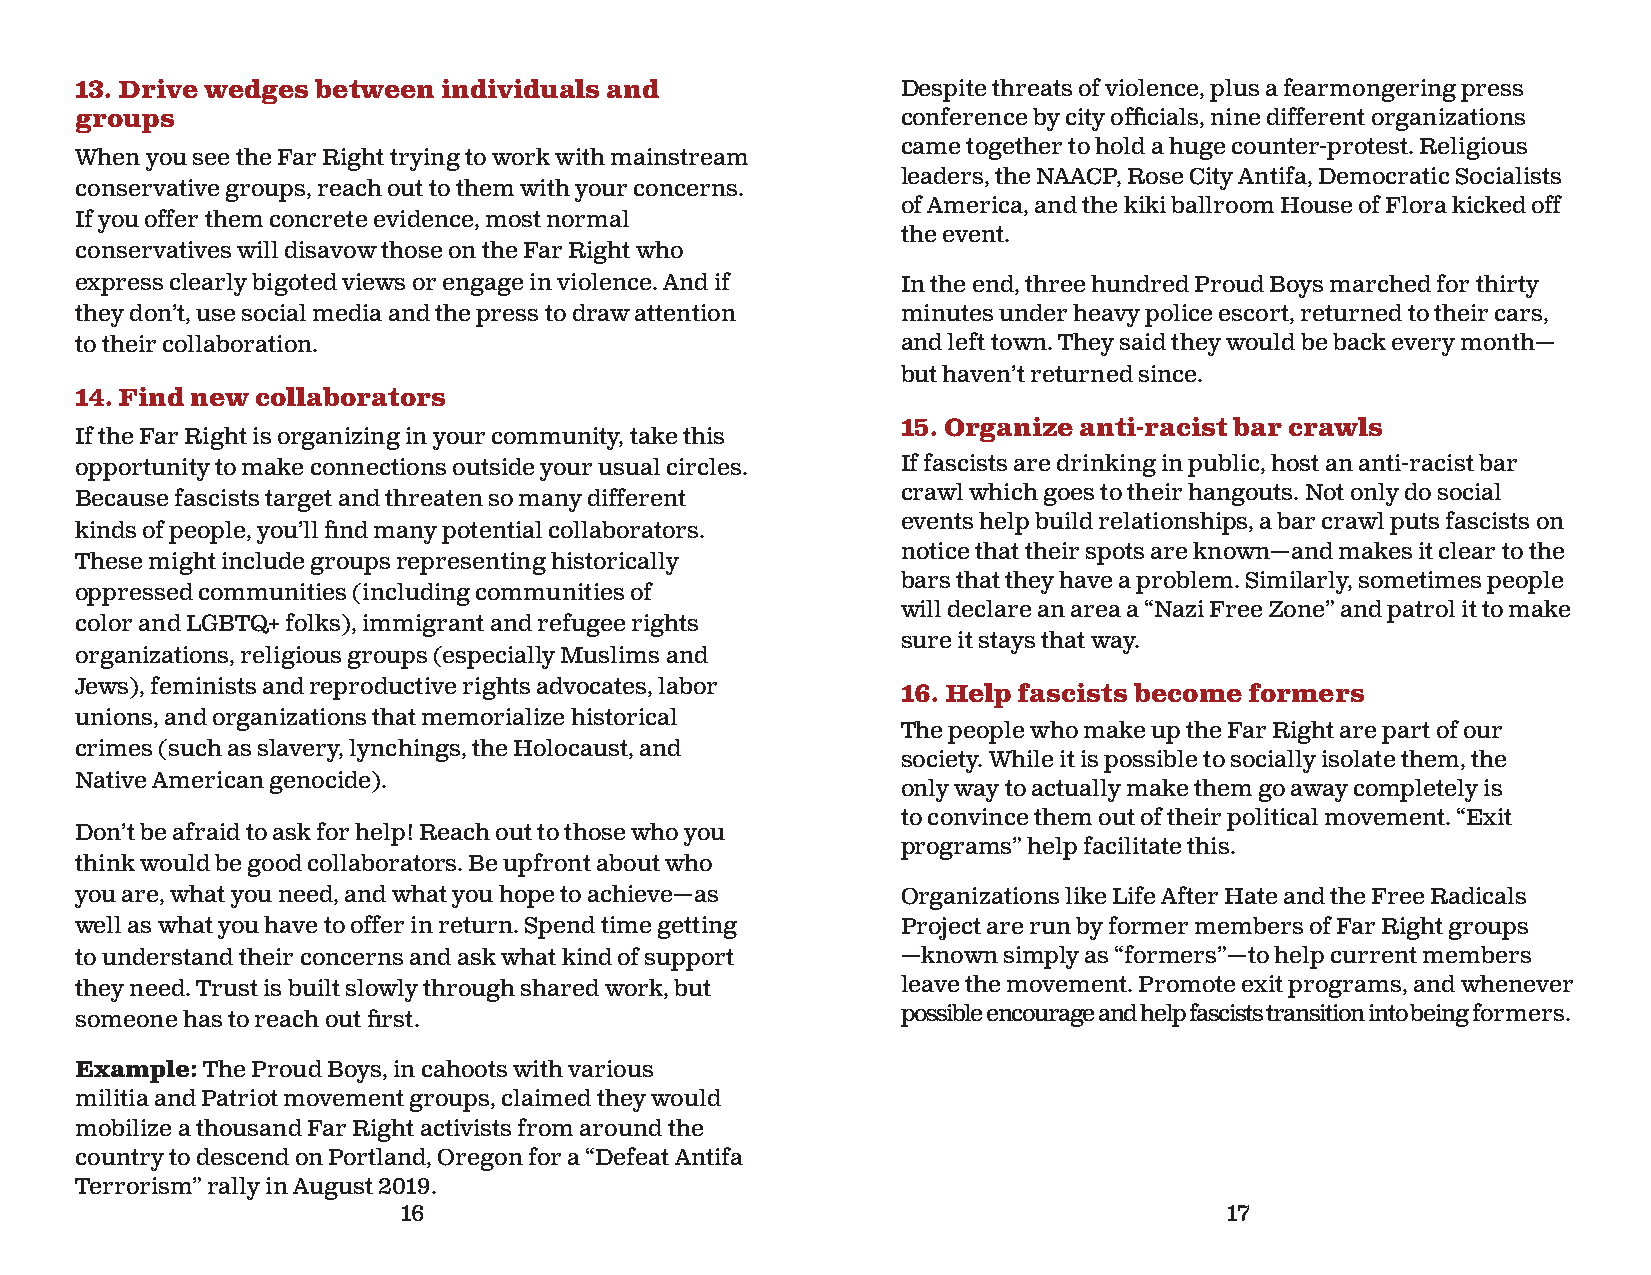
13. Drive wedges between individuals and               Despite threats of violence, plus a fearmongering press
 groups                                                 conference by city offi cials, nine different organizations
 came together to hold a huge counter-protest. Religious
 When you see the Far Right trying to work with mainstream
 leaders, the NAACP, Rose City Antifa, Democratic Socialists
 conservative groups, reach out to them with your concerns.
 of America, and the kiki ballroom House of Flora kicked off
 If you offer them concrete evidence, most normal
 the event.
 conservatives will disavow those on the Far Right who
 express clearly bigoted views or engage in violence. And if In the end, three hundred Proud Boys marched for thirty
 they don’t, use social media and the press to draw attention minutes under heavy police escort, returned to their cars,
 to their collaboration.                                and left town. They said they would be back every month—
 but haven’t returned since.
 14. Find new collaborators
 15. Organize anti-racist bar crawls
 If the Far Right is organizing in your community, take this
 opportunity to make connections outside your usual circles. If fascists are drinking in public, host an anti-racist bar
 Because fascists target and threaten so many different crawl which goes to their hangouts. Not only do social
 events help build relationships, a bar crawl puts fascists on
 kinds of people, you’ll fi nd many potential collaborators.
 notice that their spots are known—and makes it clear to the
 These might include groups representing historically
 bars that they have a problem. Similarly, sometimes people
 oppressed communities (including communities of
 will declare an area a “Nazi Free Zone” and patrol it to make
 color and LGBTQ+ folks), immigrant and refugee rights
 sure it stays that way.
 organizations, religious groups (especially Muslims and
 Jews), feminists and reproductive rights advocates, labor
 16. Help fascists become formers
 unions, and organizations that memorialize historical
 The people who make up the Far Right are part of our
 crimes (such as slavery, lynchings, the Holocaust, and
 society. While it is possible to socially isolate them, the
 Native American genocide).
 only way to actually make them go away completely is
 to convince them out of their political movement. “Exit
 Don’t be afraid to ask for help! Reach out to those who you
 programs” help facilitate this.
 think would be good collaborators. Be upfront about who
 you are, what you need, and what you hope to achieve—as Organizations like Life After Hate and the Free Radicals
 well as what you have to offer in return. Spend time getting Project are run by former members of Far Right groups
 to understand their concerns and ask what kind of support —known simply as “formers”—to help current members
 they need. Trust is built slowly through shared work, but leave the movement. Promote exit programs, and whenever
 someone has to reach out fi rst.                       possible encourage and help fascists transition into being formers.
 Example: The Proud Boys, in cahoots with various
 militia and Patriot movement groups, claimed they would
 mobilize a thousand Far Right activists from around the
 country to descend on Portland, Oregon for a “Defeat Antifa
 Terrorism” rally in August 2019.
 16                                                    17